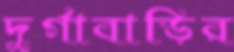
দুর্গাবাড়ির